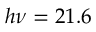
h \nu = 2 1 . 6